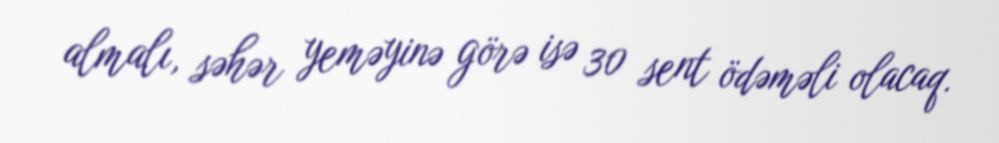
almalı, səhər yeməyinə görə isə 30 sent ödəməli olacaq.